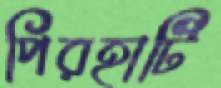
পিরহাটি